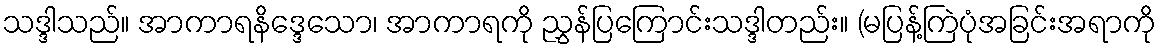
သဒ္ဒါသည်။ အာကာရနိဒ္ဒေသော၊ အာကာရကို ညွှန်ပြကြောင်းသဒ္ဒါတည်း။ (မပြန့်ကြဲပုံအခြင်းအရာကို